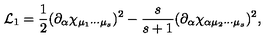
{ \cal L } _ { 1 } = \frac { 1 } { 2 } ( \partial _ { \alpha } \chi _ { \mu _ { 1 } \cdots \mu _ { s } } ) ^ { 2 } - \frac { s } { s + 1 } ( \partial _ { \alpha } \chi _ { \alpha \mu _ { 2 } \cdots \mu _ { s } } ) ^ { 2 } ,